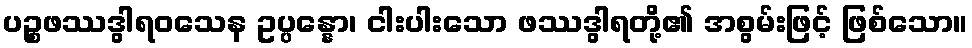
ပဉ္စဖဿဒွါရဝသေန ဥပ္ပန္နော၊ ငါးပါးသော ဖဿဒွါရတို့၏ အစွမ်းဖြင့် ဖြစ်သော။